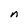
Character: n